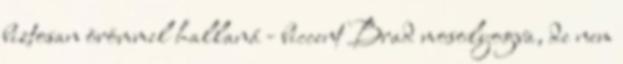
biztosan örömmel hallaná - biccent Brad mosolyogva, de nem